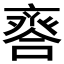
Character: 𠆋